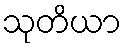
သုတိယာ